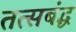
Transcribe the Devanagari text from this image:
तत्सबंद्ध